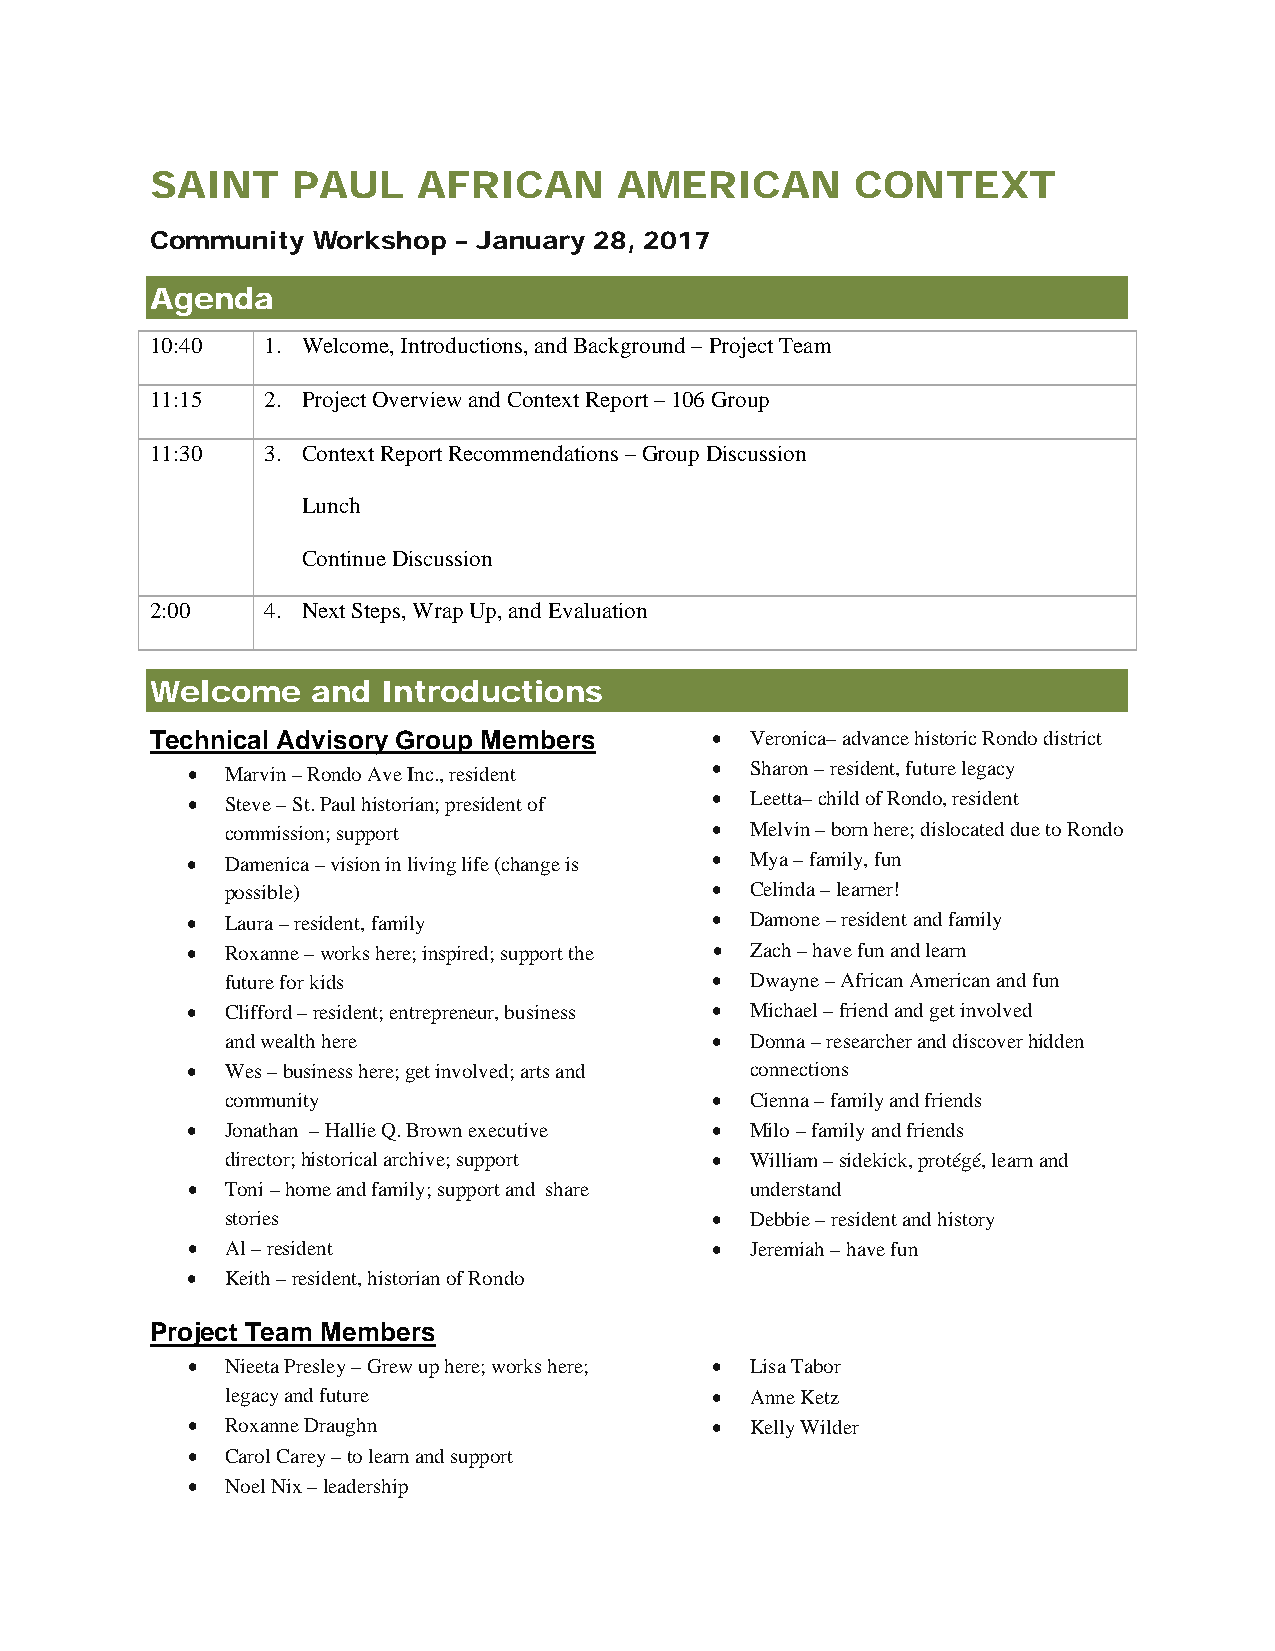
SAINT    PAUL     AFRICAN      AMERICAN        CONTEXT
 Community  Workshop – January 28, 2017
 Agenda
 10:40   1. Welcome, Introductions, and Background – Project Team
 11:15   2. Project Overview and Context Report – 106 Group
 11:30   3. Context Report Recommendations – Group Discussion
 Lunch
 Continue Discussion
 2:00    4. Next Steps, Wrap Up, and Evaluation
 Welcome    and Introductions
 Technical Advisory Group Members     •  Veronica– advance historic Rondo district
 •  Marvin – Rondo Ave Inc., resident • Sharon – resident, future legacy
 •  Steve – St. Paul historian; president of • Leetta– child of Rondo, resident
 commission; support             •  Melvin – born here; dislocated due to Rondo
 •  Damenica – vision in living life (change is • Mya – family, fun
 possible)                       •  Celinda – learner!
 •  Laura – resident, family        •  Damone – resident and family
 •  Roxanne – works here; inspired; support the • Zach – have fun and learn
 future for kids                 •  Dwayne – African American and fun
 •  Clifford – resident; entrepreneur, business • Michael – friend and get involved
 and wealth here                 •  Donna – researcher and discover hidden
 •  Wes – business here; get involved; arts and connections
 community                       •  Cienna – family and friends
 •  Jonathan – Hallie Q. Brown executive • Milo – family and friends
 director; historical archive; support • William – sidekick, protégé, learn and
 •  Toni – home and family; support and share understand
 stories                         •  Debbie – resident and history
 •  Al – resident                   •  Jeremiah – have fun
 •  Keith – resident, historian of Rondo
 Project Team Members
 •  Nieeta Presley – Grew up here; works here; • Lisa Tabor
 legacy and future               •  Anne Ketz
 •  Roxanne Draughn                 •  Kelly Wilder
 •  Carol Carey – to learn and support
 •  Noel Nix – leadership